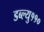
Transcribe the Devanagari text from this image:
डब्ल्यु११०